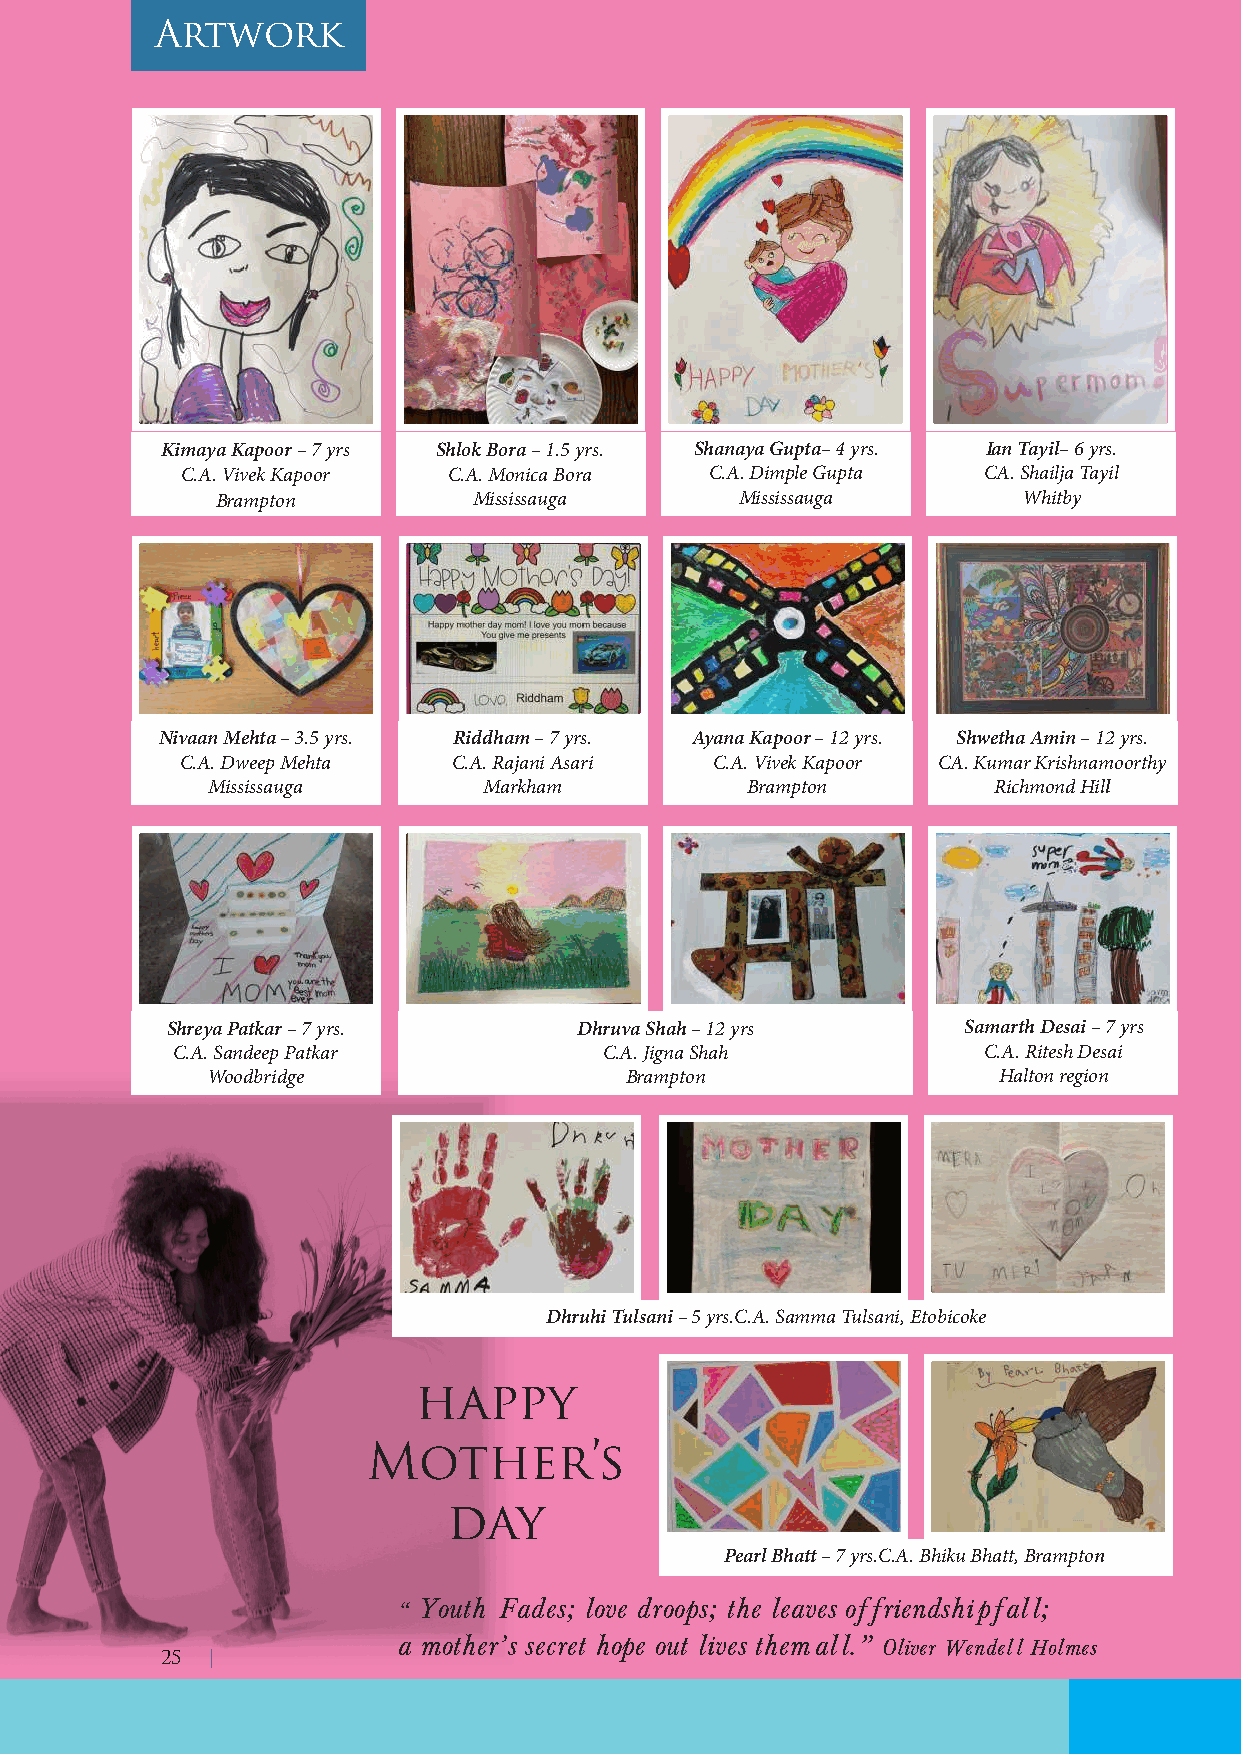
Artwork
 Kimaya Kapoor – 7 yrs Shlok Bora – 1.5 yrs. Shanaya Gupta– 4 yrs. Ian Tayil– 6 yrs.
 C.A. Vivek Kapoor C.A. Monica Bora C.A. Dimple Gupta CA. Shailja Tayil
 Brampton         Mississauga       Mississauga        Whitby
 Nivaan Mehta – 3.5 yrs. Riddham – 7 yrs. Ayana Kapoor – 12 yrs. Shwetha Amin – 12 yrs.
 C.A. Dweep Mehta  C.A. Rajani Asari C.A. Vivek Kapoor CA. Kumar Krishnamoorthy
 Mississauga       Markham          Brampton         Richmond Hill
 Shreya Patkar – 7 yrs.     Dhruva Shah – 12 yrs      Samarth Desai – 7 yrs
 C.A. Sandeep Patkar          C.A. Jigna Shah          C.A. Ritesh Desai
 Woodbridge                 Brampton                 Halton region
 Dhruhi Tulsani – 5 yrs.C.A. Samma Tulsani, Etobicoke
 happy
 Mother’s
 day
 Pearl Bhatt – 7 yrs.C.A. Bhiku Bhatt, Brampton
 “ Youth Fades; love droops; the leaves of friendship fall;
 a mother’s secret hope out lives them all.” Oliver Wendell Holmes
 25 |